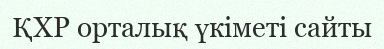
ҚХР орталық үкіметі сайты